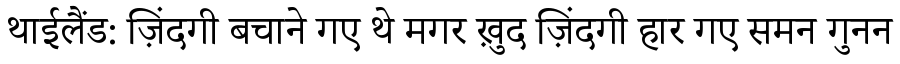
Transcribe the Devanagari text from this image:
थाईलैंड: ज़िंदगी बचाने गए थे मगर ख़ुद ज़िंदगी हार गए समन गुनन